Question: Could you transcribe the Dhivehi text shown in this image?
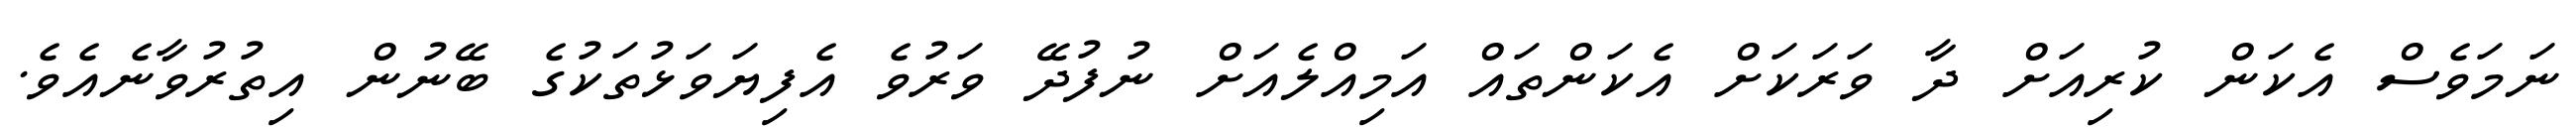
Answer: ނަމަވެސް އެކަން ކުރިއަށް ދާ ވަރަކަށް އެކަންތައް އަމިއްލެއަށް ނުފުދޭ ވަރުވެ އެފިޔަވަޅުތަކުގެ ބޭނުން އިތުރުވާނެއެވެ.